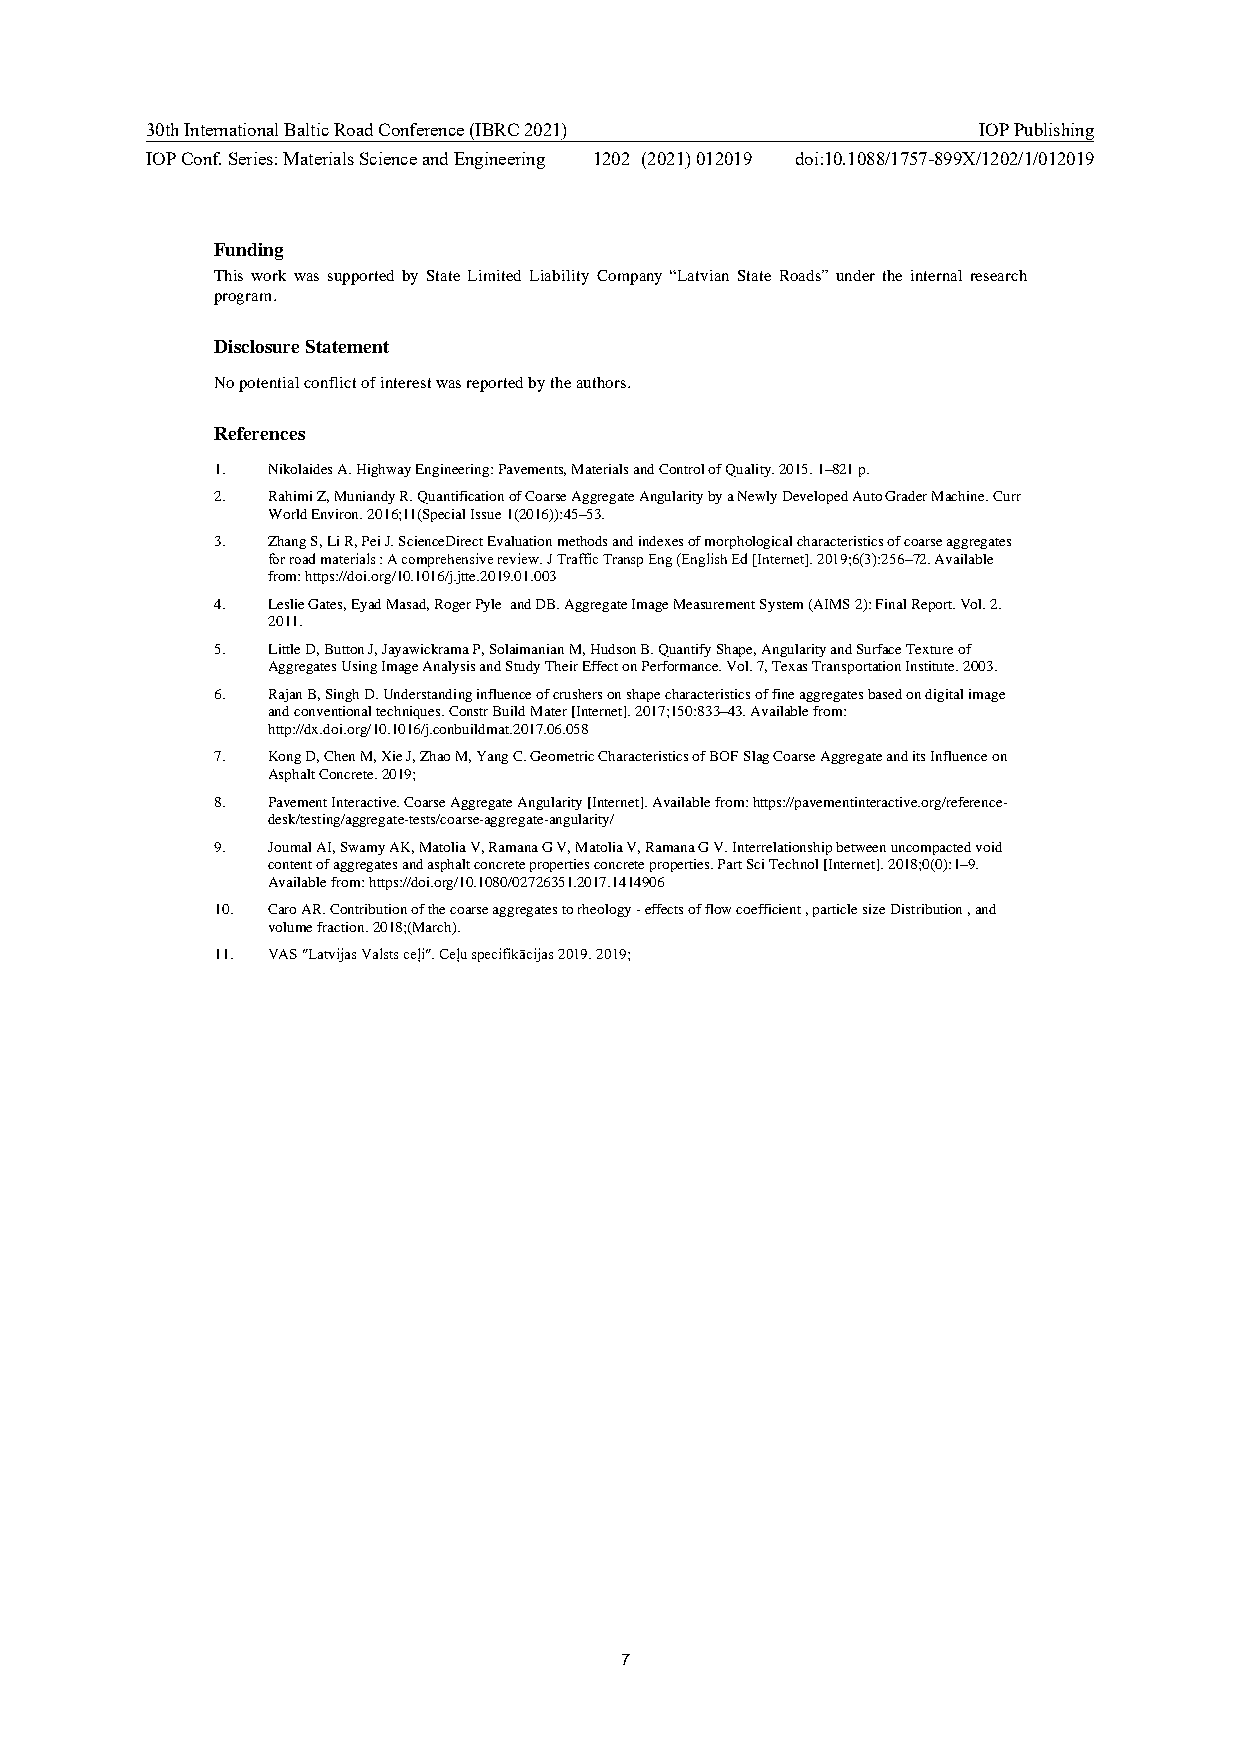
30th International Baltic Road Conference (IBRC 2021)  IOP Publishing
 IOP Conf. Series: Materials Science and Engineering 1202 (2021) 012019 doi:10.1088/1757-899X/1202/1/012019
 Funding
 This work was supported by State Limited Liability Company “Latvian State Roads” under the internal research
 program.
 Disclosure Statement
 No potential conflict of interest was reported by the authors.
 References
 1.  Nikolaides A. Highway Engineering: Pavements, Materials and Control of Quality. 2015. 1–821 p.
 2.  Rahimi Z, Muniandy R. Quantification of Coarse Aggregate Angularity by a Newly Developed Auto Grader Machine. Curr
 World Environ. 2016;11(Special Issue 1(2016)):45–53.
 3.  Zhang S, Li R, Pei J. ScienceDirect Evaluation methods and indexes of morphological characteristics of coarse aggregates
 for road materials : A comprehensive review. J Traffic Transp Eng (English Ed [Internet]. 2019;6(3):256–72. Available
 from: https://doi.org/10.1016/j.jtte.2019.01.003
 4.  Leslie Gates, Eyad Masad, Roger Pyle and DB. Aggregate Image Measurement System (AIMS 2): Final Report. Vol. 2.
 2011.
 5.  Little D, Button J, Jayawickrama P, Solaimanian M, Hudson B. Quantify Shape, Angularity and Surface Texture of
 Aggregates Using Image Analysis and Study Their Effect on Performance. Vol. 7, Texas Transportation Institute. 2003.
 6.  Rajan B, Singh D. Understanding influence of crushers on shape characteristics of fine aggregates based on digital image
 and conventional techniques. Constr Build Mater [Internet]. 2017;150:833–43. Available from:
 http://dx.doi.org/10.1016/j.conbuildmat.2017.06.058
 7.  Kong D, Chen M, Xie J, Zhao M, Yang C. Geometric Characteristics of BOF Slag Coarse Aggregate and its Influence on
 Asphalt Concrete. 2019;
 8.  Pavement Interactive. Coarse Aggregate Angularity [Internet]. Available from: https://pavementinteractive.org/reference-
 desk/testing/aggregate-tests/coarse-aggregate-angularity/
 9.  Journal AI, Swamy AK, Matolia V, Ramana G V, Matolia V, Ramana G V. Interrelationship between uncompacted void
 content of aggregates and asphalt concrete properties concrete properties. Part Sci Technol [Internet]. 2018;0(0):1–9.
 Available from: https://doi.org/10.1080/02726351.2017.1414906
 10. Caro AR. Contribution of the coarse aggregates to rheology - effects of flow coefficient , particle size Distribution , and
 volume fraction. 2018;(March).
 11. VAS ″Latvijas Valsts ceļi″. Ceļu specifikācijas 2019. 2019;
 7